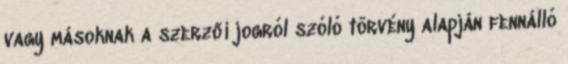
vagy másoknak a szerzői jogról szóló törvény alapján fennálló